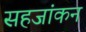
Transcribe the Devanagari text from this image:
सहजांकन